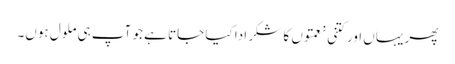
پھر یہاں اور کتنی نعمتوں کا شکر ادا کیا جاتا ہے جو آپ ہی ملول ہوں۔